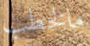
مالخطب